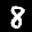
Label: 8